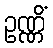
ဥဏ္ဏိံ